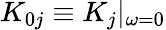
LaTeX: K_{0j}\equiv K_{j}|_{\omega=0}